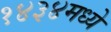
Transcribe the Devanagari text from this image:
१४३४मध्ये